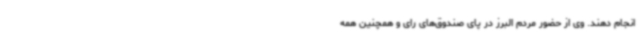
انجام دهند. وی از حضور مردم البرز در پای صندوق‌های رای و همچنین همه